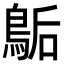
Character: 𪁆